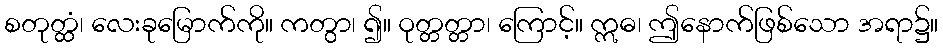
စတုတ္ထံ၊ လေးခုမြောက်ကို။ ကတွာ၊ ၍။ ဝုတ္တတ္တာ၊ ကြောင့်။ ဣဓ၊ ဤနောက်ဖြစ်သော အရာ၌။